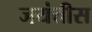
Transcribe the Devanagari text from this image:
जयंतीस